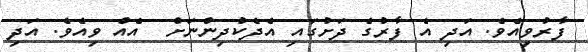
ފާރުވިއެވެ. އަދި އެ ފާރުގެ ދަށުގައި އެދެކުދިންނަށް  އެއް ވިއެވެ. އަދި